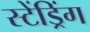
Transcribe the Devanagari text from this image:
स्टेंड्रिंग